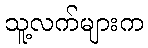
သူ့လက်များက